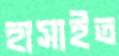
হাসাইত